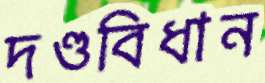
দণ্ডবিধান